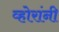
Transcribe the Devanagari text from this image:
व्होरांनी